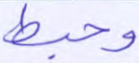
وحبط